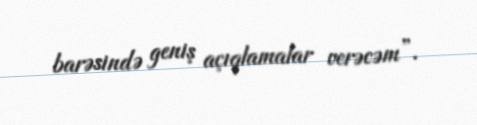
barəsində geniş açıqlamalar verəcəm”.